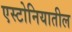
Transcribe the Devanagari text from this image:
एस्टोनियातील